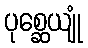
ပုစ္ဆေယျုံ